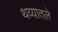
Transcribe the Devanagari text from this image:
थव्यातले